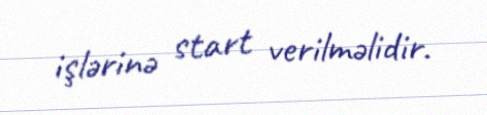
işlərinə start verilməlidir.